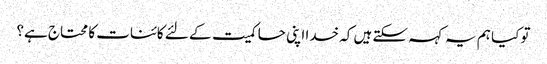
تو کیا ہم یہ کہہ سکتے ہیں کہ خدا اپنی حاکمیت کے لئے کائنات کا محتاج ہے؟